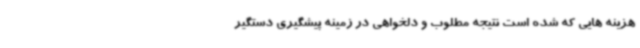
هزینه هایی که شده است نتیجه مطلوب و دلخواهی در زمینه پیشگیری دستگیر